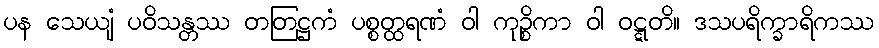
ပန သေယျံ ပဝိသန္တဿ တတြဋ္ဌကံ ပစ္စတ္ထရဏံ ဝါ ကုဉ္စိကာ ဝါ ဝဋ္ဋတိ။ ဒသပရိက္ခာရိကဿ